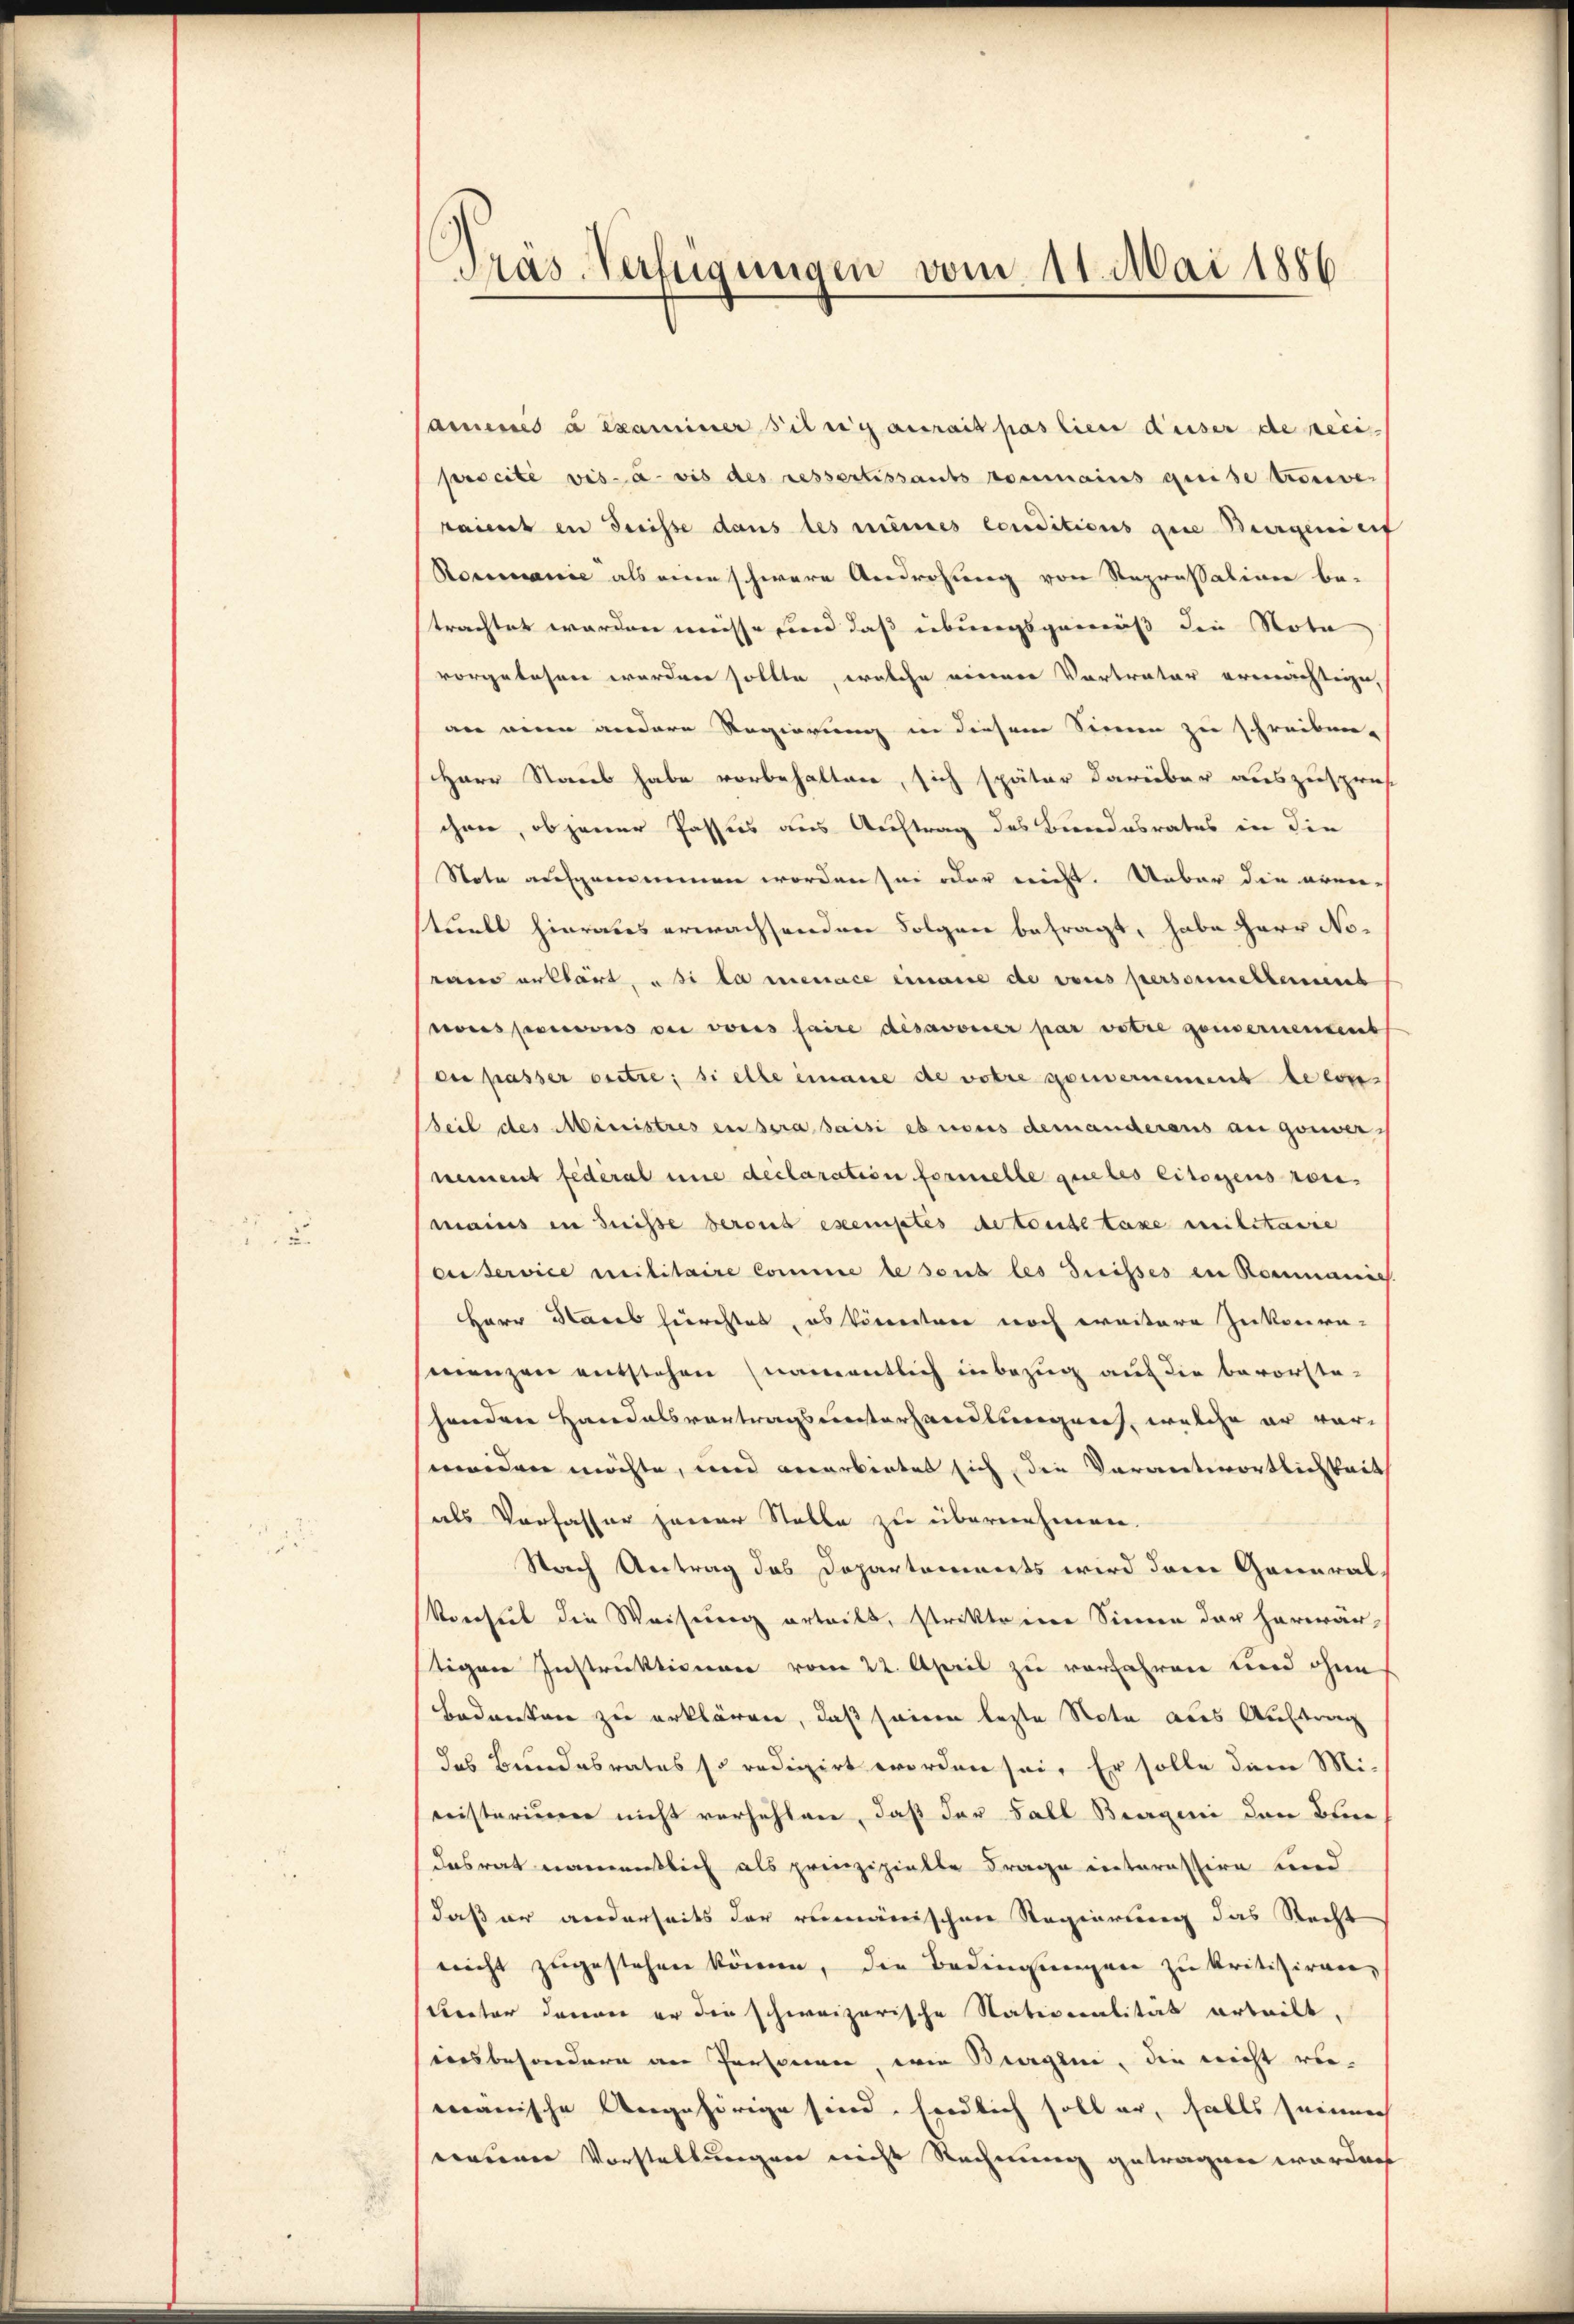
Präs. Verfügungen vom 11. Mai 1886

annes à examiner Filii aurait pas lien Kaiser de reciprocité vis-à-vis des ressertissants sommains qui se trouver
raient en dreisse dans les meines conditions gene Burgerief
Romanie als eine schwere Androhung von Repressation be-
trachtet werden müsse und daß übungsgemäß die Nota
vorgelehren worden sollte, welche nebener Vertrater ernerichteige,
an eine andere Regierung in diesem Sinnen zu schreiben.
Herr Staub habe vorbehalten, sich später darüber auszuspres-
cheer, ob jener Passus aus Auftrag des Bundesrates in die
Note aufgenommen worden sei oder nicht. Ueber die aren-
stuell hierates erwachsenden Folgen befragt, habe Herr Norand erklärt, u si la menace einause de vons personnellement
nous pervens bei voris faire désavonier par votre gouvernendent
der passer outre; si elle einaue de votre gouvernement de con-
Seil des Ministres en sera saisi ebnonis demanderens an gouver
nement fédéral une declaration formelle que les citoyens von
mains in Suisse beront exemptes de toute taxe militaire
cuservice militaire Comme le sous les drisses in Romanie
HHerr Stares hierchtet, es könnten noch weitere Zukonre-
snienzen entstehen (namentlich inbezug auf die bevorste-
sondere Handelsvortragsunterhandlungen, welche er vorweiden möchte, und verarbietet sich, die Vorantwortlichkeit
als Verfasser jener Stelle zu übernehmen.
Storch Antrag das Dopartements wird der General-
Vorseit die Weisung erteilt, strikte im Sinne der herwärtigen Instruktionen vom 22. April zu verfahren und ohne
bedanken zu erklären, daß seinen lezte Nota aus Auftrag
das Bundesrates so redigirt worden sei. Er solle dem Mi-
nristerieren nicht verhehlen, daß der Fall Bregeni den Brie
desrat namentlich als prinzipielte Frage interessire und
daß er anderseits der rumänischen Regierung das Recht
nicht zugestehen können, die Bedingungen zu kritisiren,
Rector davon er die schweizerische Nativeralität erteilt,
sionsbesondern an Personen, wie Biorgini, die nicht ver-
mänische Angehörige sind. Endlich soll er, falls seiner
tainer Vorstellungen nicht Rechnung getragen worden